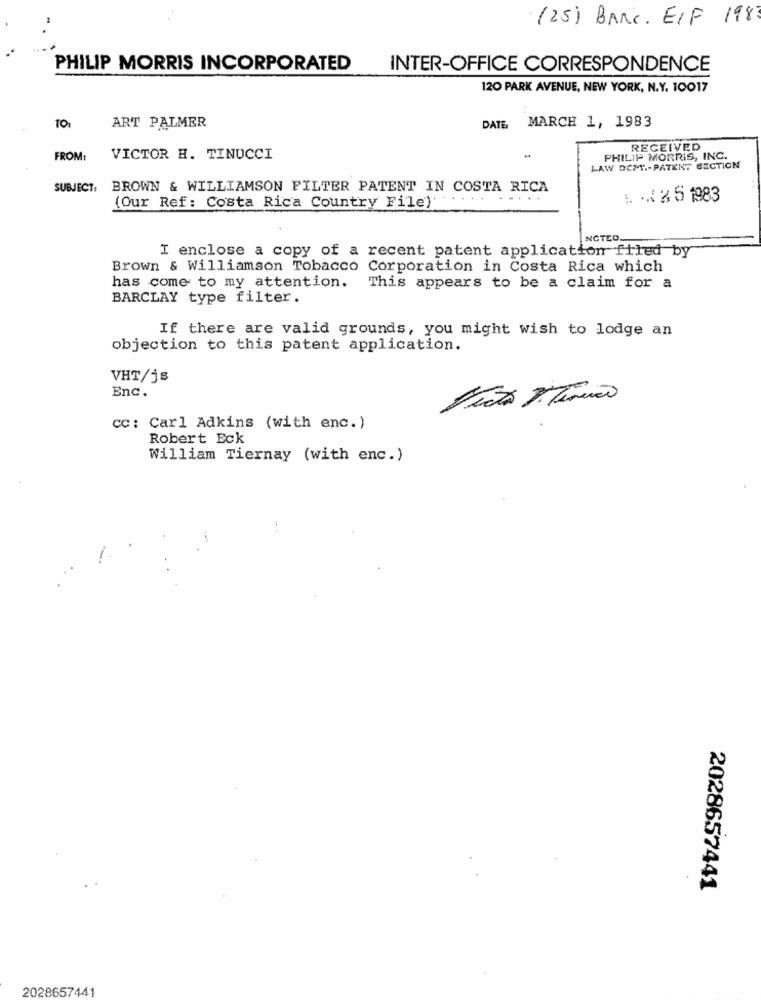
(25) BANC. ELF 198
PHILIP MORRIS INCORPORATED
INTER-OFFICE CORRESPONDENCE
120 PARK AVENUE, NEW YORK, N.Y. 10017
MARCH 1, 1983
ART PALMER
DATE:
RECEIVED
FROM:
VICTOR H. TINUCCI
PHILIP MORRIS, INC.
LAW DEPT .- PATENT SECTION
SUBJECT:
BROWN & WILLIAMSON FILTER PATENT IN COSTA RICA
. .. 35 1983
(Our Ref: Costa Rica Country File)"
NCTED.
I enclose a copy of a recent patent application filed by
Brown & Williamson Tobacco Corporation in Costa Rica which
has come to my attention. This appears to be a claim for a
BARCLAY type filter.
If there are valid grounds, you might wish to lodge an
objection to this patent application.
VHT/js
Enc.
cc: Carl Adkins (with enc.)
Robert Eck
William Tiernay (with enc.)
2028657441
2028657441